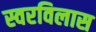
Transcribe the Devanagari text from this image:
स्वरविलास